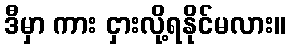
ဒီမှာ ကား ငှားလို့ရနိုင်မလား။